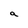
Character: a